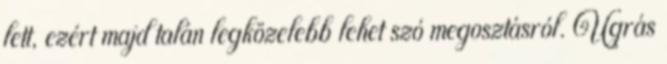
lett, ezért majd talán legközelebb lehet szó megosztásról. Ugrás